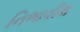
નિભાવીશ